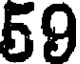
59